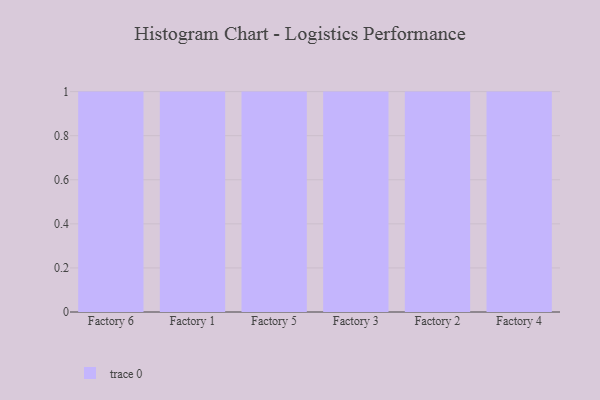
{"axis": {"x": "Factory", "y": "Bounce Rate (%)"}, "legend": [""], "data": [{"x": "Factory 6", "y": 14, "type": ""}, {"x": "Factory 1", "y": 97, "type": ""}, {"x": "Factory 5", "y": 5, "type": ""}, {"x": "Factory 3", "y": 80, "type": ""}, {"x": "Factory 2", "y": 32, "type": ""}, {"x": "Factory 4", "y": 76, "type": ""}]}